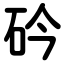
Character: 砛